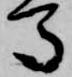
馬